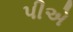
પીએ